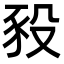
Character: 豛